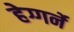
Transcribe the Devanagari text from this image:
हेग्गर्ने